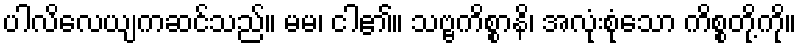
ပါလိလေယျကဆင်သည်။ မမ၊ ငါ၏။ သဗ္ဗကိစ္စာနိ၊ အလုံးစုံသော ကိစ္စတို့ကို။